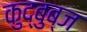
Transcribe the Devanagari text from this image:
कुद्बुब्ज